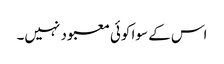
اس کے سوا کوئی معبود نہیں۔